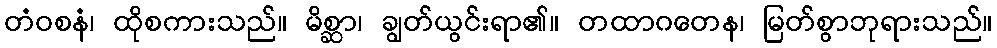
တံဝစနံ၊ ထိုစကားသည်။ မိစ္ဆာ၊ ချွတ်ယွင်းရာ၏။ တထာဂတေန၊ မြတ်စွာဘုရားသည်။